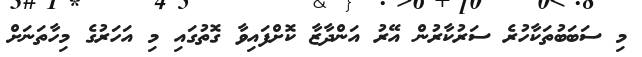
މި ސަބަބުތަކާހުރެ ސަރުކާރުން އޭރު އަންދާޒާ ކޮށްފައިވާ ގޮތުގައި މި އަހަރުގެ މިހާތަނަށް